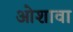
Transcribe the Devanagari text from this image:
ओशावा